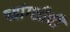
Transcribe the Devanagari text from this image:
च्यांग्शीची